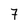
Character: 7